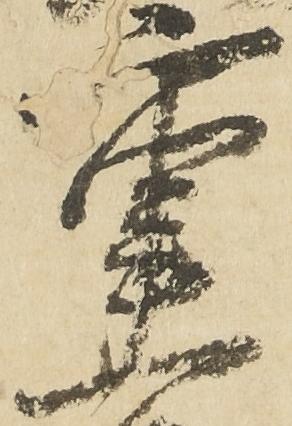
重